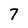
Character: 7